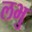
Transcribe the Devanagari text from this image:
लभु